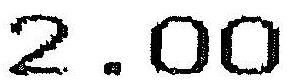
2.00